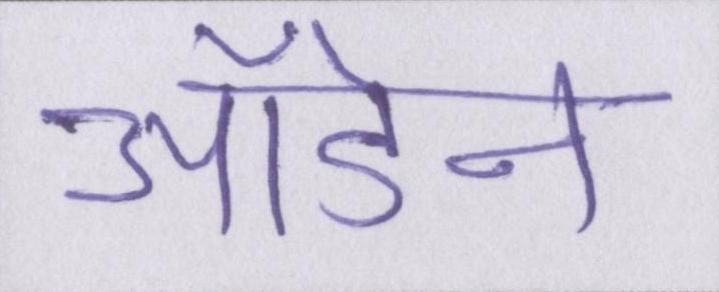
ऑडेन